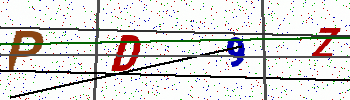
Text: PD9Z